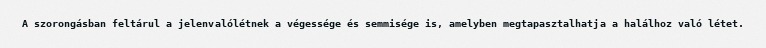
A szorongásban feltárul a jelenvalólétnek a végessége és semmisége is, amelyben megtapasztalhatja a halálhoz való létet.